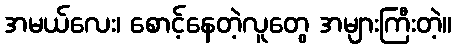
အမယ်လေး၊ စောင့်နေတဲ့လူတွေ အများကြီးတဲ့။